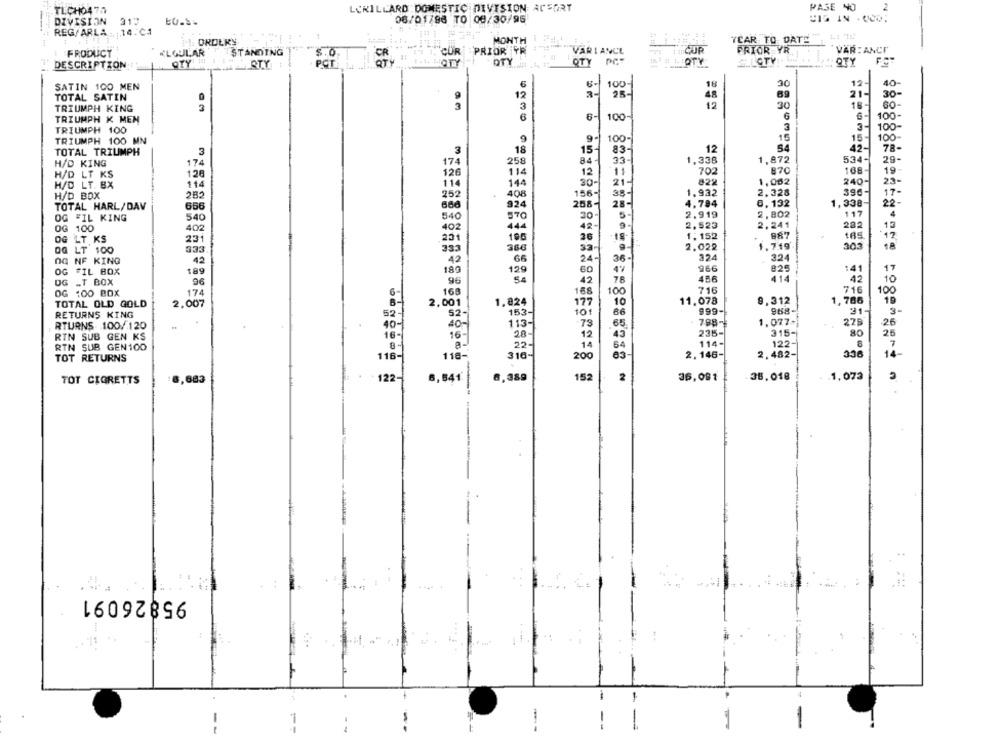
LORILLARD DOMESTIC DIVISION ACSORT
PAGE NO
2
TLCHO475
DIVISION 317
06/01/98 TO 08/30/95
REG/ARLA : : 14.CA
il: OROLKY
MONTH I Fat
YEAR TO DATE
PRODUCT
REGULAR
STANDING
"CUR PRIOR FR
PRIOR YR
VAR : ANCF
50
QTY PCT
DESCRIPTION
RTY
PCT
QTY
QTY
m'# LIOTY
S.LOTY
OTY
-
100
18
12-
40-
SATIN 100 MEN
30
TOTAL SATIN
12
25-
48
69
21-
30-
16-
TRIUMPH KING
3
12
30
TRIUMPH K MEN
6
6-1
100-
6
100-
TRIUMPH 100
3
100-
TRIUMPH 100 MN
9
100-
15
15-
100
3
18
15-
83.
12
54
42-
78-
TOTAL TRIUMPH
3
H/D KING
174
174
258
84
33-
1,338
1,872
534-
29-
114
11
702
870
108-
19
H/D LT KS
120
126
12
H/D LT. BX
114
114
144
30-
21-
822
1,062
240-
23-
H/D BOX
282
408
156-
38-
1.932
2.328
390-
17-
252
TOTAL HARL/DAV
666
324
258-
28-
4.794
1,338-
22-
540
570
30-
5
2.919
117
4
OG FIL KING
540
OG 100
402
402
444
42-
2,523
2.241
282
12
231
196
36
18
1.152
887
185
17
OG LT KS
231
1,719
303
OG LT 100
333
333
33-
2.022
42
24-
36-
324
324
OG NF KING
.42
129
60
966
825
:41
OG FIL BOX
189
189
OG _T BOX
96
96
54
42
78
456
414
42
100
716
716
OG :00 BOX
174
168
168
100
TOTAL OLD GOLD
2,007
2,001
1,824
177
10
11.078
9,312
1,786
16
$2-
153-
101
999-
988-
21-
3-
RETURNS KING
52
66
1.077+
RTURNS 100/120
40-
40
113-
-73
65
7.98-
225
26
28-
235-
315-
RIN SUB GEN KS
16-
16-
12
43
122-
25
7
RTN SUB GEN100
8
22-
14
64
114-
TOT RETURNS
316-
200
2. 146-
2,482-
14-
118
11ě-
8,841
6,389
152
2
36,081
38.018
TOT CIGRETTS
6,683
122-
95826091
--